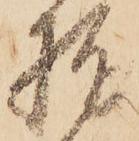
指